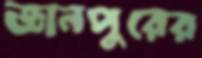
জ্ঞানপুরের